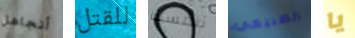
أتجاهل للقتل تنفسك الطبيعي يا